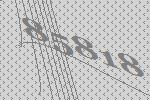
85818